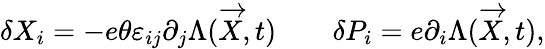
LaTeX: \delta X_{i}=-e\theta\varepsilon_{ij}\partial_{j}\Lambda(\overrightarrow{X},t)\qquad\delta P_{i}=e\partial_{i}\Lambda(\overrightarrow{X},t),